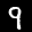
Label: 9